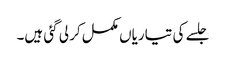
جلسے کی تیاریاں مکمل کر لی گئی ہیں۔